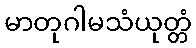
မာတုဂါမသံယုတ္တံ